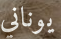
يوناني